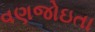
વણજોઇતા